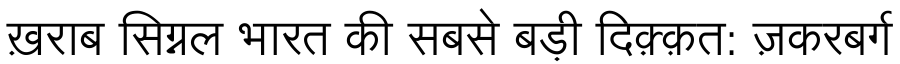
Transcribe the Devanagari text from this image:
ख़राब सिग्नल भारत की सबसे बड़ी दिक़्क़त: ज़करबर्ग